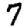
Digit: 7